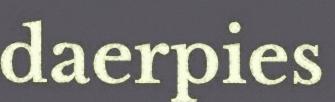
daerpies